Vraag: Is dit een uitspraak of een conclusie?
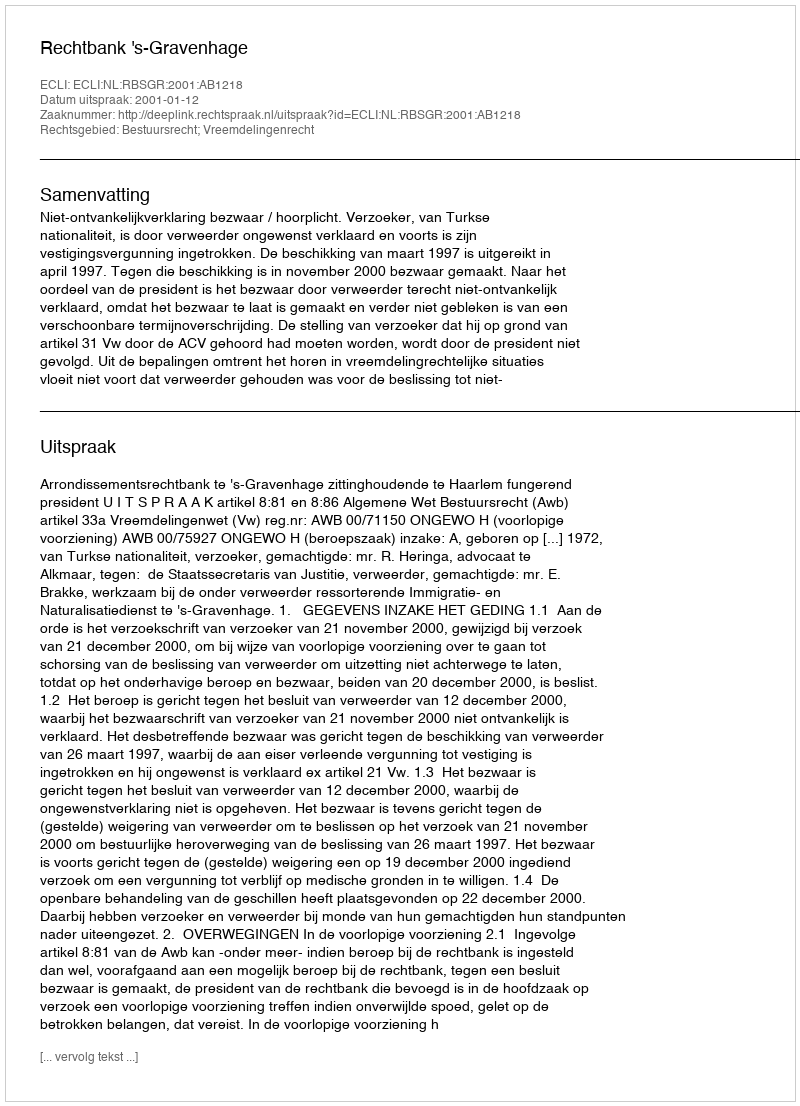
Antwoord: Uitspraak